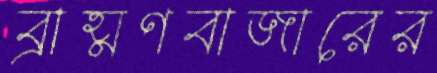
ব্রাহ্মণবাজারের